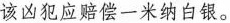
该凶犯应赔偿一米纳白银。